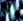
من